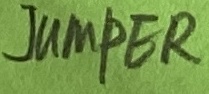
Text: JUMPER